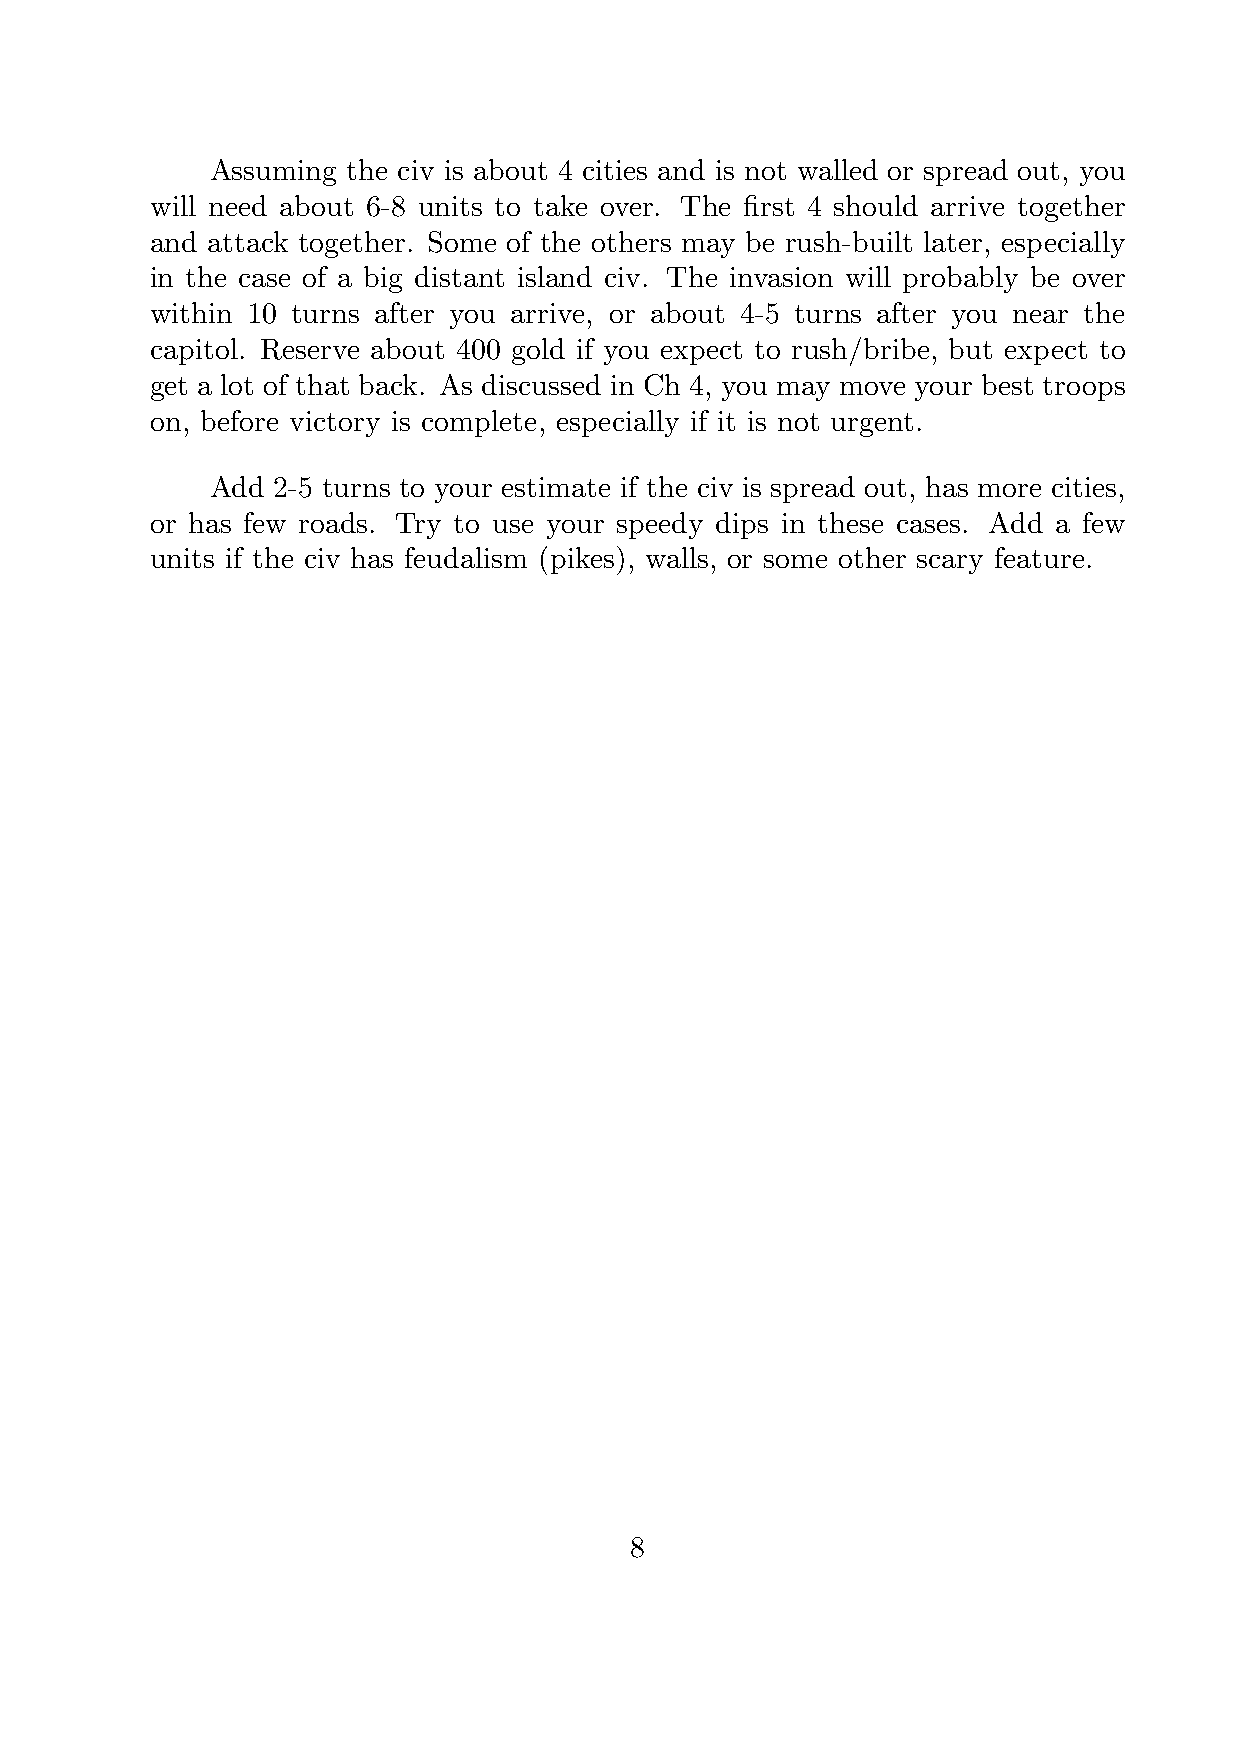
Assuming the civ is about 4 cities and is not walled or spread out, you
 will need about 6-8 units to take over. The first 4 should arrive together
 and attack together. Some of the others may be rush-built later, especially
 in the case of a big distant island civ. The invasion will probably be over
 within 10 turns after you arrive, or about 4-5 turns after you near the
 capitol. Reserve about 400 gold if you expect to rush/bribe, but expect to
 get a lot of that back. As discussed in Ch 4, you may move your best troops
 on, before victory is complete, especially if it is not urgent.
 Add 2-5 turns to your estimate if the civ is spread out, has more cities,
 or has few roads. Try to use your speedy dips in these cases. Add a few
 units if the civ has feudalism (pikes), walls, or some other scary feature.
 8